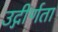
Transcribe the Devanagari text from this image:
उद्गीर्णता